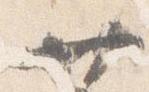
廿